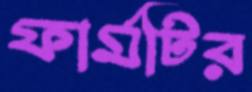
ফার্মটির